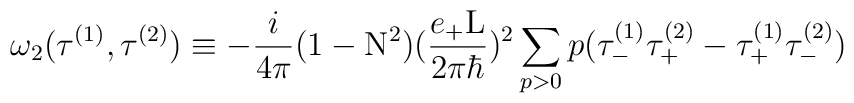
{\omega}_{2}({\tau}^{(1)} , {\tau}^{(2)}) \equiv- \frac{i}{4\pi} (1-{\rm N}^2) (\frac{e_{+}{\rm L}}{2{\pi}{\hbar}})^2 \sum_{p>0} p ({\tau }_{-}^{(1)} {\tau }_{+}^{(2)} - {\tau}_{+}^{(1)} {\tau}_{-}^{(2)})